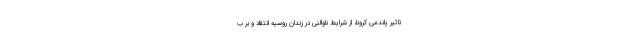
تاثیر پاندمی کرونا، از شرایط ناوالنی در زندان روسیه انتقاد و بر ب